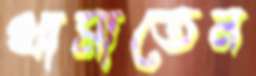
থামাতেন